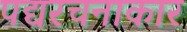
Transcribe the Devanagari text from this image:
पद्यरचनाकार